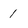
Character: 1